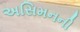
અસિમનની